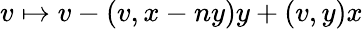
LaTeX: v\mapsto v-(v,x-ny)y+(v,y)x